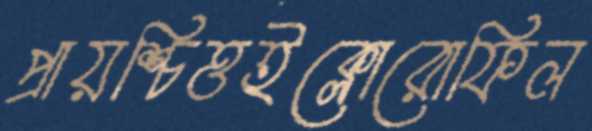
প্রায়শ্চিত্তইক্লোরোফিল